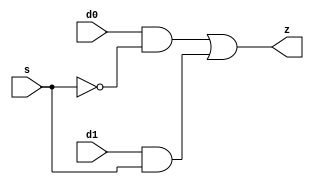
//#############################################################################
//# Function: 2-Input Mux                                                     #
//#                                                                           #
//# Copyright: OH Project Authors. All rights Reserved.                       #
//# License:  MIT (see LICENSE file in OH repository)                         # 
//#############################################################################

module oh_mx2 #(parameter DW = 1 ) // array width
   (
    input [DW-1:0]  d0,
    input [DW-1:0]  d1,
    input [DW-1:0]  s,
    output [DW-1:0] z
    );
   
   assign z = (d0 & ~s) | (d1 & s);
   
endmodule